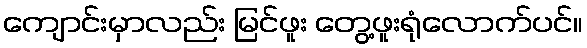
ကျောင်းမှာလည်း မြင်ဖူး တွေ့ဖူးရုံလောက်ပင်။